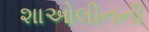
શાઓલીનની